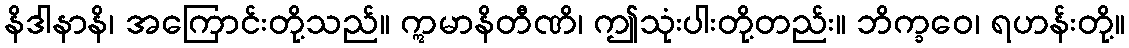
နိဒါနာနိ၊ အကြောင်းတို့သည်။ ဣမာနိတီဏိ၊ ဤသုံးပါးတို့တည်း။ ဘိက္ခဝေ၊ ရဟန်းတို့။